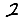
Digit: 2